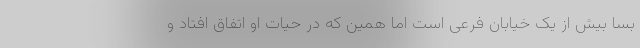
بسا بیش از یک خیابان فرعی است اما همین که در حیات او اتفاق افتاد و